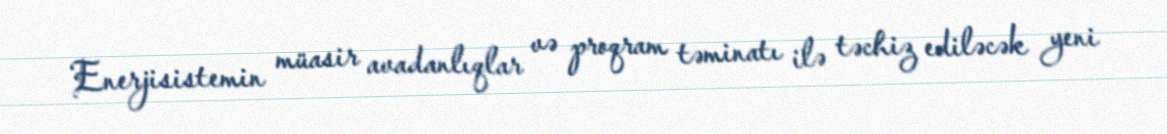
Enerjisistemin müasir avadanlıqlar və proqram təminatı ilə təchiz ediləcək yeni